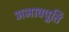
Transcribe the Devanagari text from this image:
अभावपूर्ति